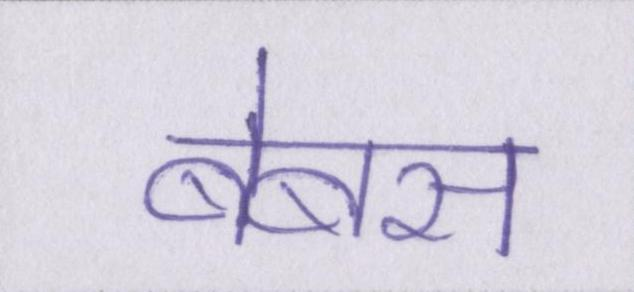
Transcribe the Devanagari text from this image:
बेबस